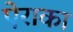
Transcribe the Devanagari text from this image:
ऐराका